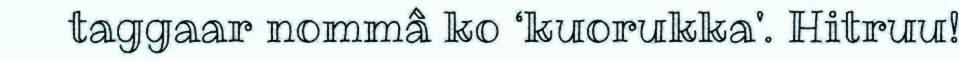
taggaar nommâ ko ‘kuorukka'. Hitruu!